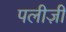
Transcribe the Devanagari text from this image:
पलीज़ी